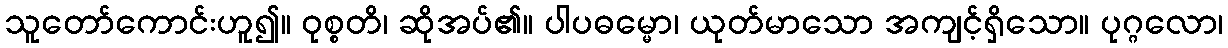
သူတော်ကောင်းဟူ၍။ ဝုစ္စတိ၊ ဆိုအပ်၏။ ပါပဓမ္မော၊ ယုတ်မာသော အကျင့်ရှိသော။ ပုဂ္ဂလော၊